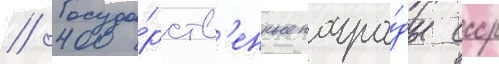
// Госуда́рств'енные награ́ды ссср